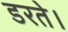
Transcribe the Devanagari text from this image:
डरते।